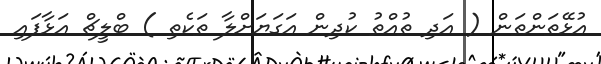
އުޅޭތަންތަން ( އަދި ތުއްތު ކުދިން އަގަޔަށްލާ ތަކެތި ) ބްލީޗް އަޅާފައި